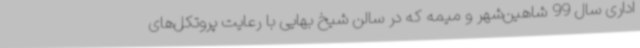
اداری سال 99 شاهین‌شهر و میمه که در سالن شیخ بهایی با رعایت پروتکل‌های